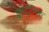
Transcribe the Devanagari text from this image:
इलेट्रोनिक